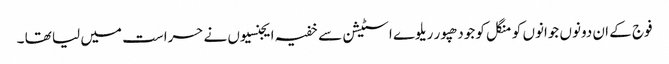
فوج کے ان دونوں جوانوں کو منگل کو جودھپور ریلوے اسٹیشن سے خفیہ ایجنسیوں نے حراست میں لیا تھا ۔